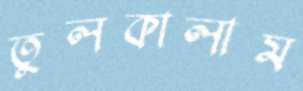
তুলকালাম